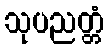
သုပညတ္တံ